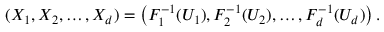
( X _ { 1 } , X _ { 2 } , \dots , X _ { d } ) = \left( F _ { 1 } ^ { - 1 } ( U _ { 1 } ) , F _ { 2 } ^ { - 1 } ( U _ { 2 } ) , \dots , F _ { d } ^ { - 1 } ( U _ { d } ) \right) .